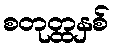
စတုတ္ထနှစ်